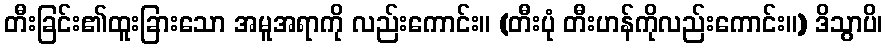
တီးခြင်း၏ထူးခြားသော အမူအရာကို လည်းကောင်း။ (တီးပုံ တီးဟန်ကိုလည်းကောင်း။) ဒိသွာပိ၊